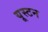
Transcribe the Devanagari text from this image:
यूस्टन